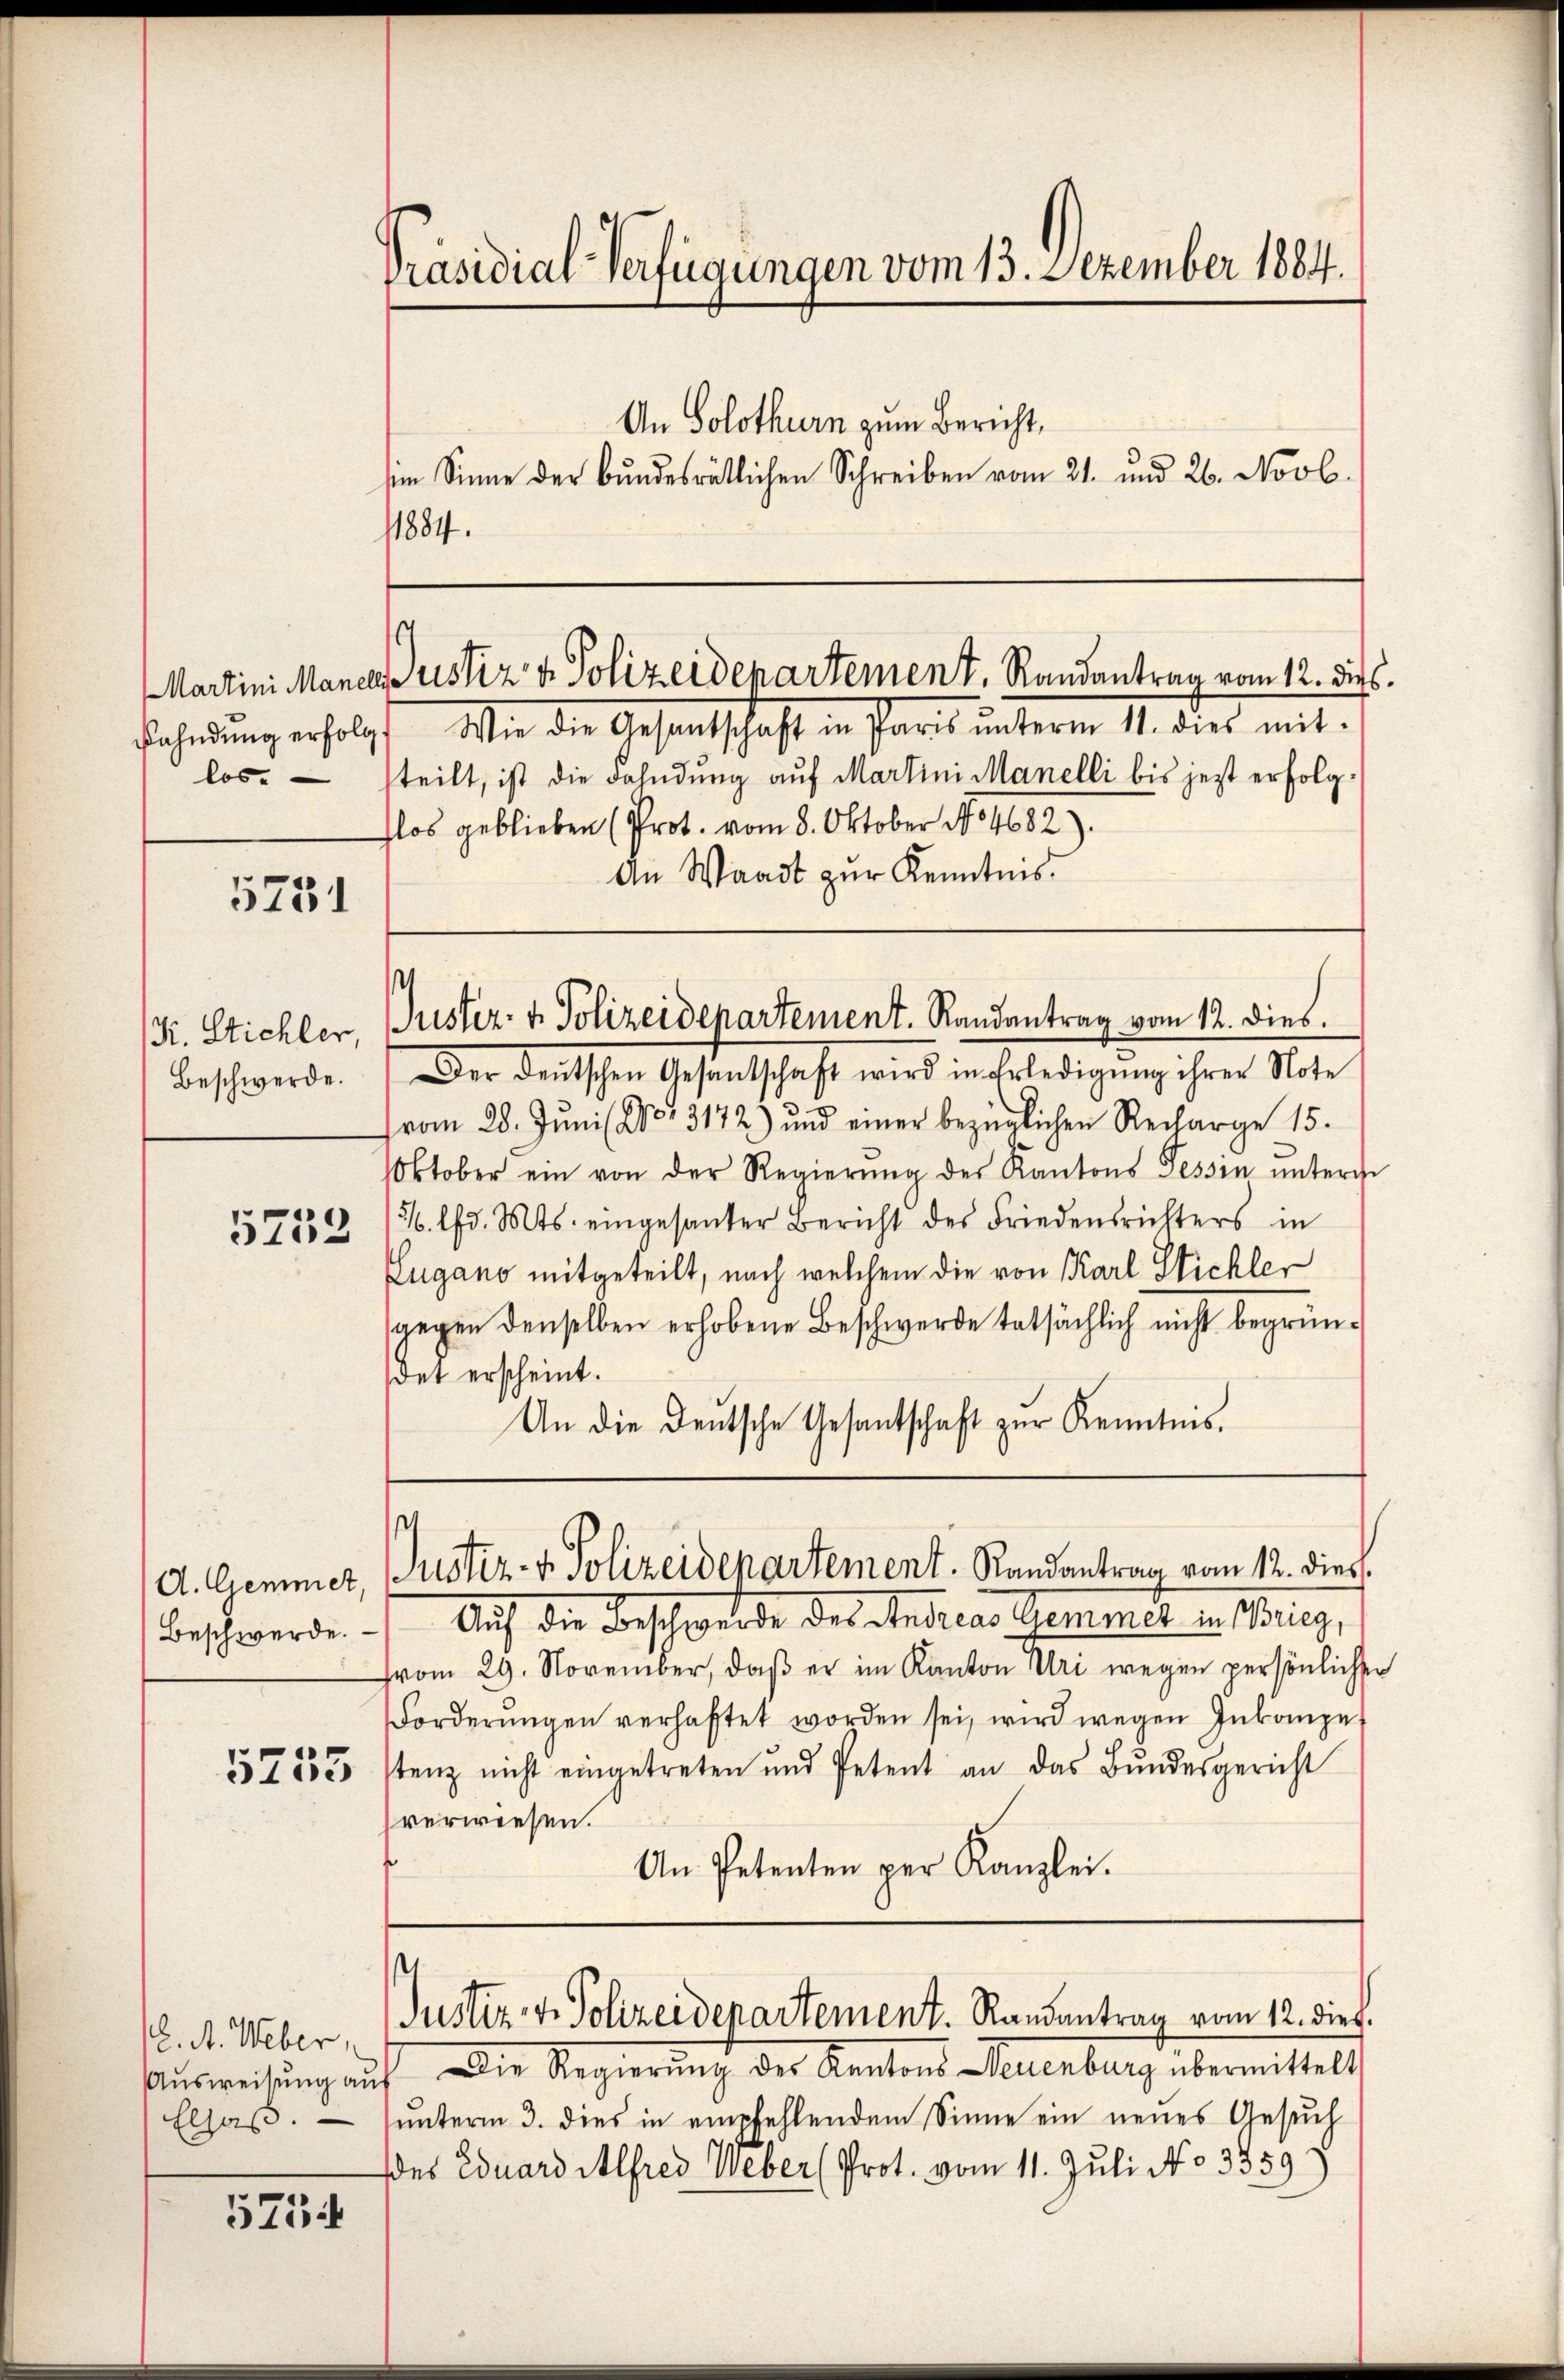
5751

K. Stichler,
Beschwerde.

5733

A. Gemmet,
Beschwerde.

5255

. A. Weber,
Ausweisung au
Elsaß.

5754

Präsidial-Verfügungen vom 13. Dezember 1884.

Martini Manelli
Rahndung erfolg
los.

An Solothurn zum Bericht,
im Sinne der bundesrätlichen Schreiben vom 21. und 26. Novb.

¬
Justiz & Polizeidepartement. Randantrag vom 12. dies

1884.
Mie die Gesandtschaft in Paris unterm 1. dies mitteilt, ist die Fahndung auf Martini Manelli bis jetzt erfolgflos geblieben (Prot. vom 8. Oktober No 4682).
An Waadt zur Kenntnis
s
Suster- & Polizeidepartement. Randantrag vom 12. dies.
Der deutschen Gesentschaft wird in Erledigung ihrer Note
vom 28. Jŭni l. No. 3172) und einer bezüglichen Recharge 15.
Oktober ein von der Regierŭng des Kantons Tessin ŭnterge
5/ lfd. Mts. eingesanter Bericht des Friedensrichters in
Lugano mitgeteilt, nach welchem die von Karl Stichler
gegen denselben erhobene Beschwerde tatsächlich nicht begründet erscheint.
An die Deutsche Gesantschaft zur Kenntnis.

Auf die Forschwerde des Andreas Gemmer in Pries,
vom 29. November, daβ er im Kanton Uri wegen persönlicher
Forderŭngen verhaftet worden sei, wird wegen Inkompet
stenz nicht eingetreten und Petent an das Bŭndesgericht
verwiesen.
An Petenten per Kanzlei.

.
Justiz- & Polizeidepartement. Randantrag vom 12. dies

Die Regierung der Kantons Neuenburg übermittelt,
unterm 3. dies in empfehlendem Sinne ein neues Gesuch
des Eduard Alfred Weber (Prot. vom 11. Juli No 3359

Justiz- & Polizeidenartement. Randantrag vom 12. dieß.